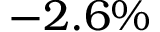
- 2 . 6 \%